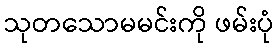
သုတသောမမင်းကို ဖမ်းပုံ